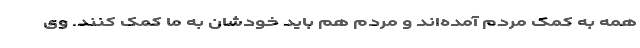
همه به کمک مردم آمده‌اند و مردم هم باید خودشان به ما کمک کنند. وی